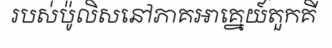
របស់ប៉ូលិសនៅភាគអាគ្នេយ៍តួកគី